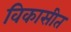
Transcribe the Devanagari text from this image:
विकासीत